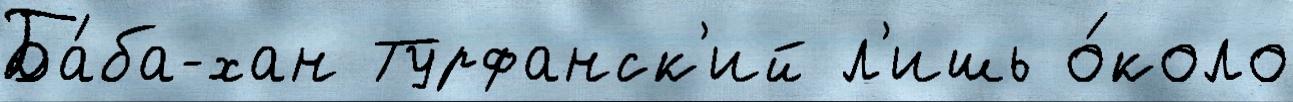
Ба́ба-хан Турфанск'ий л'ишь о́коло